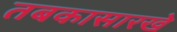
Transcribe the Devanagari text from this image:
तबकासारखे